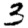
Digit: 3